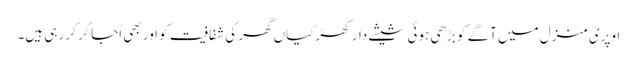
اوپری منزل میں آگے کو بڑھی ہوئی شیشے دار کھڑکیاں گھر کی شفافیت کو اور بھی اُجاگر کر رہی ہیں۔